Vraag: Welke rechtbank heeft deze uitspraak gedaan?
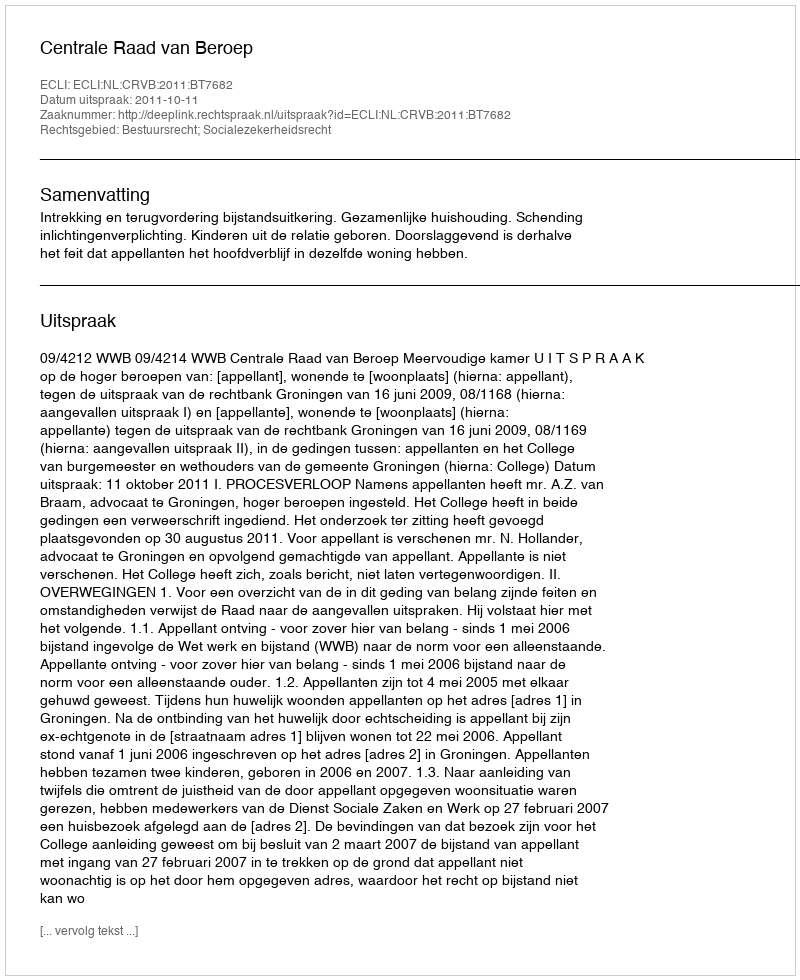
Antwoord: Centrale Raad van Beroep